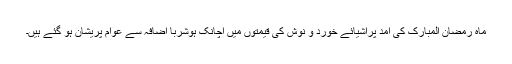
ماہ رمضان المبارک کی آمد پراشیائے خورد و نوش کی قیمتوں میں اچانک ہوشربا اضافہ سے عوام پریشان ہو گئے ہیں۔